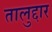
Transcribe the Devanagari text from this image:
तालुद्दार